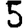
Digit: 5